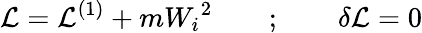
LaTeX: {\cal L}={\cal L}^{(1)}+m{W_{i}}^{2}\quad\quad;\quad\quad\delta{\cal L}=0